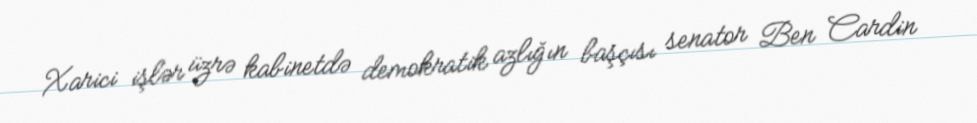
Xarici işlər üzrə kabinetdə demokratik azlığın başçısı senator Ben Cardin